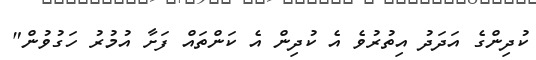
ކުދިންގެ އަދަދު އިތުރުވެ އެ ކުދިން އެ ކަންތައް ފަށާ އުމުރު ހަގުވުން"